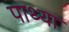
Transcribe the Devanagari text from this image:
पाथ्या